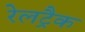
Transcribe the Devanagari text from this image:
रेलट्रैक